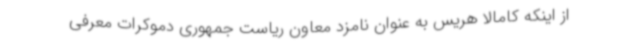
از اینکه کامالا هریس به عنوان نامزد معاون ریاست جمهوری دموکرات معرفی